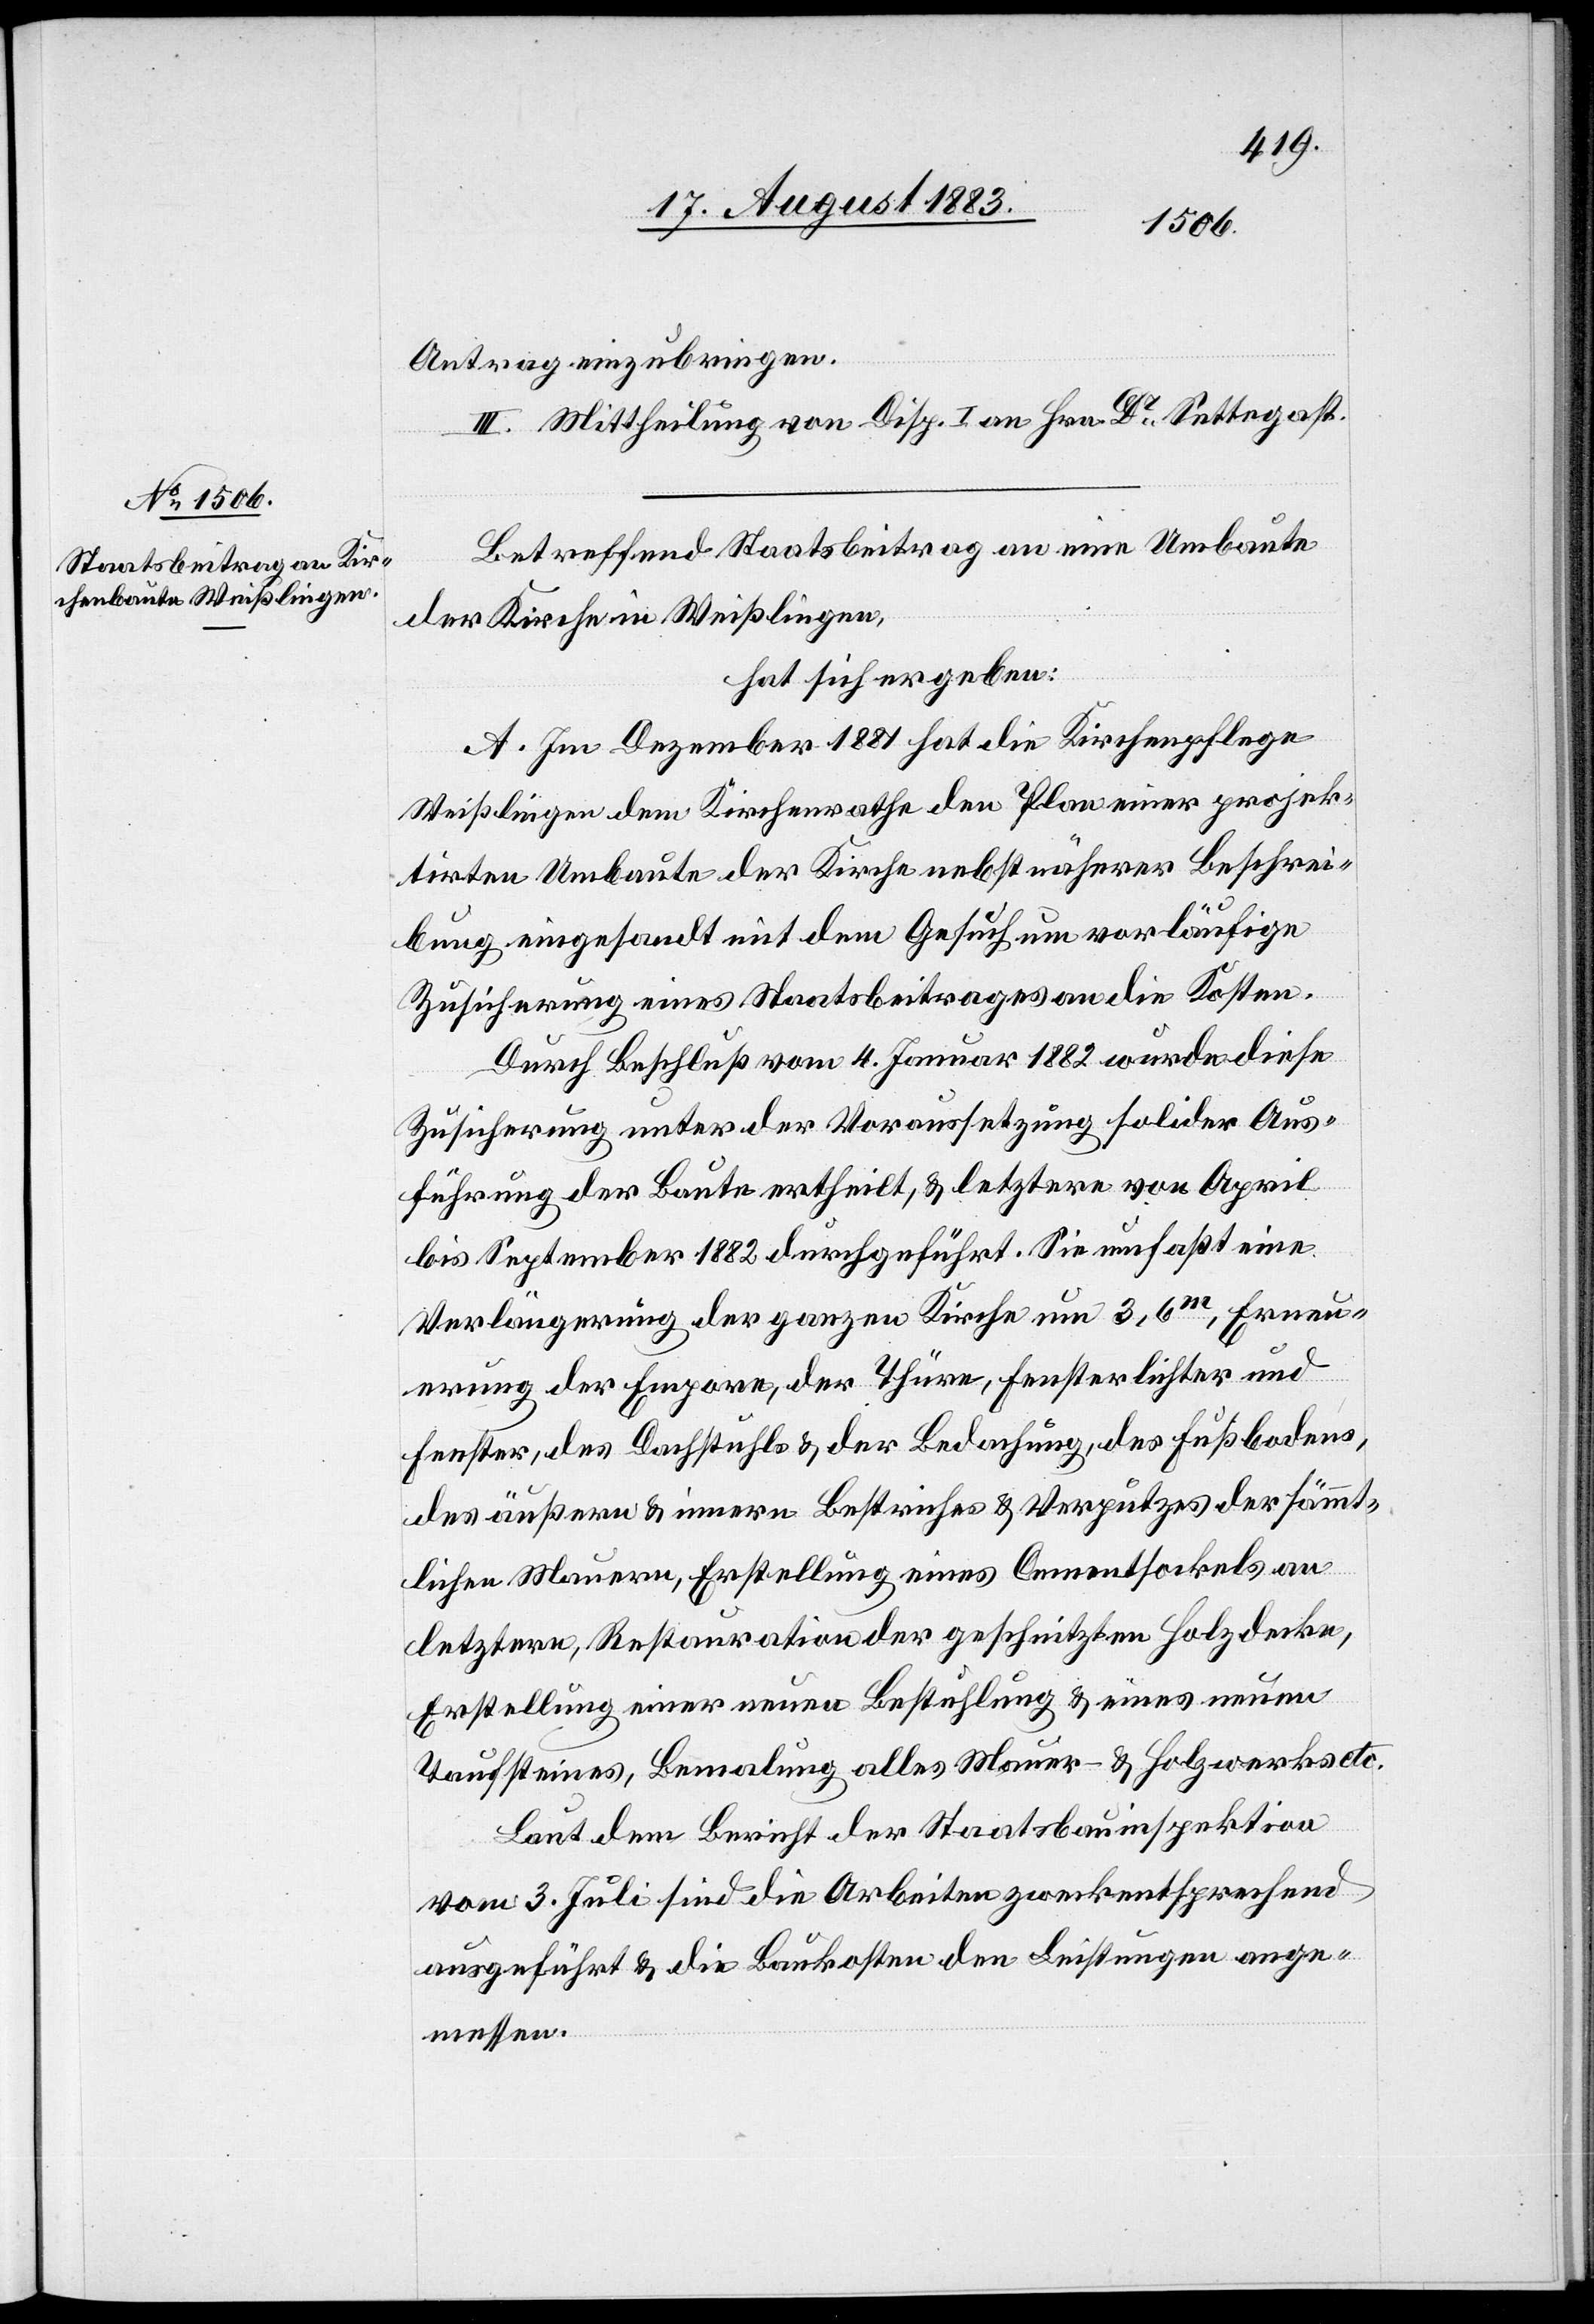
Antrag einzubringen.
III. Mittheilung von Disp. I an Hrn. Dr Settegast.
Betreffend Staatsbeitrag an eine Umbaute
der Kirche in Weißlingen,
hat sich ergeben:
A. Im Dezember 1881 hat die Kirchenpflege
Weißlingen dem Kirchenrathe den Plan einer projek¬
tirten Umbaute der Kirche nebst näherer Beschrei¬
bung eingesandt mit dem Gesuch um vorläufige
Zusicherung eines Staatsbeitrages an die Kosten.
Durch Beschluß vom 4. Januar 1882 wurde diese
Zusicherung unter der Voraussetzung solider Aus¬
führung der Baute ertheilt, & letztere von April
bis September 1882 durchgeführt. Sie umfaßt eine
Verlängerung der ganzen Kirche um 3,6m, Erneu¬
erung der Empore, der Thürme, Fensterlichter und
Fenster, des Dachstuhls & der Bedachung, des Fußbodens,
des äußern & innern Bestriches & Verputzes der sämmt¬
lichen Mauern, Erstellung eines Cementsockels an
letztere, Restauration der geschnitzten Holzdecke,
Erstellung einer neuen Bestuhlung & eines neuen
Taufsteines, Bemalung alles Mauer- & Holzgewerkes etc.
Laut dem Bericht der Staatsbauinspektion
vom 3. Juli sind die Arbeiten zweckentsprechend
ausgeführt & die Baukosten den Leistungen ange¬
messen.